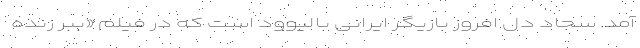
آمد. سجاد دل افروز بازیگر ایرانی بالیوود است که در فیلم «ببر زنده